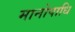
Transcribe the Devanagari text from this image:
मानोपाधि